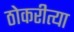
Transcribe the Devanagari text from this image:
ठोकरीत्या